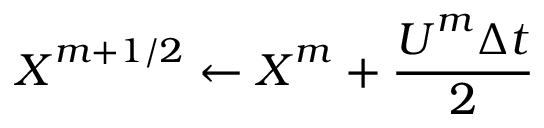
\boldsymbol X ^ { m + 1 / 2 } \gets \boldsymbol X ^ { m } + \frac { \boldsymbol U ^ { m } \Delta t } { 2 }